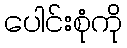
ပေါင်းစုံကို